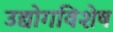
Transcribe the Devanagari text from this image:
उद्योगविशेष